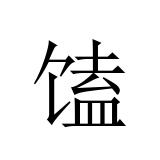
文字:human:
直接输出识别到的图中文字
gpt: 馌